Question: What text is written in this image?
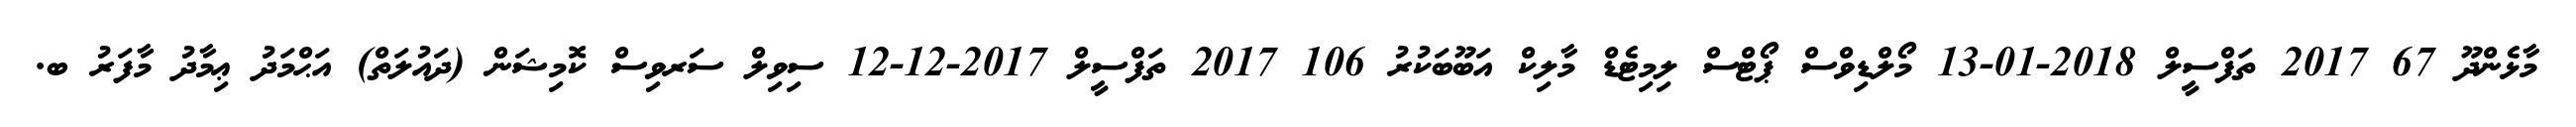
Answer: މާޅެންދޫ 67 2017 ތަފްސީލް 2018-01-13 މޯލްޑިވްސް ޕޯޓްސް ލިމިޓެޑް މާލިކް އަބޫބަކުރު 106 2017 ތަފްސީލް 2017-12-12 ސިވިލް ސަރވިސް ކޮމިޝަން (ދައުލަތް) އަޙްމަދު ޢިމާދު މާފަރު ބ.